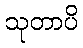
သုတာပိ